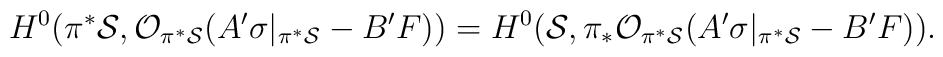
H^{0}(\pi^* {\cal S}, {\cal O}_{\pi^{*}{\cal S}}(A^{\prime} \sigma|_{\pi^* {\cal S}} - B^{\prime} F))=H^{0}({\cal S}, \pi_{*} {\cal O}_{\pi^{*}{\cal S}}(A^{\prime} \sigma|_{\pi^* {\cal S}} - B^{\prime} F)).